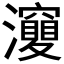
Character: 𤄘